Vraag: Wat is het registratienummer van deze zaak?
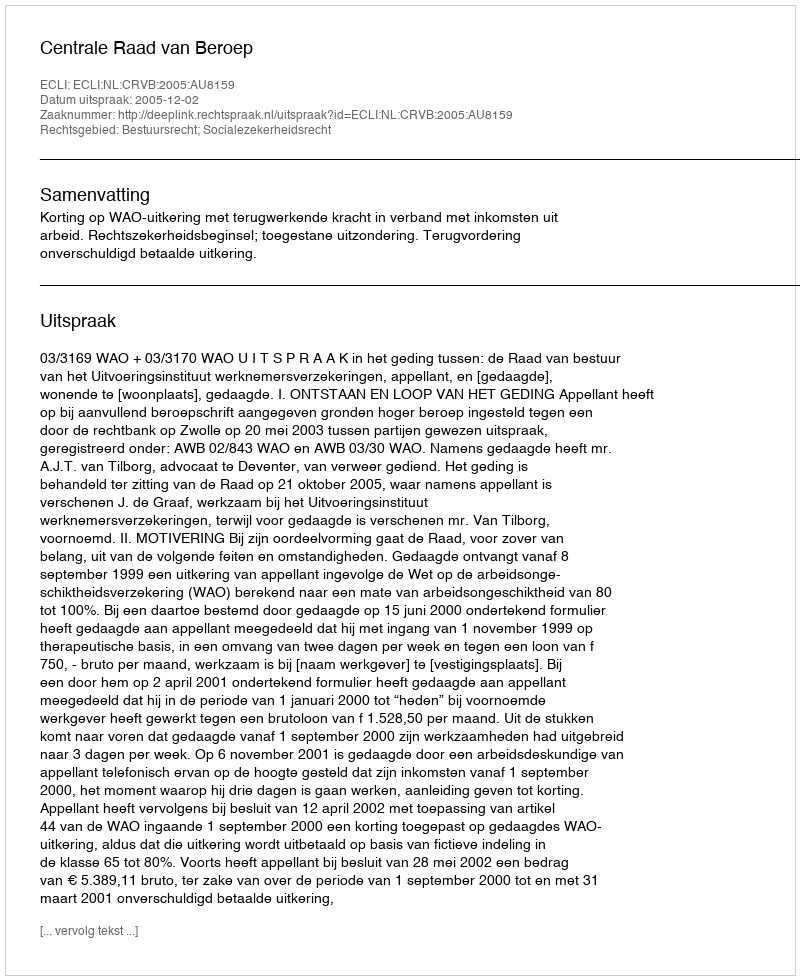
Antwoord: http://deeplink.rechtspraak.nl/uitspraak?id=ECLI:NL:CRVB:2005:AU8159